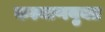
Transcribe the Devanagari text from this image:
कल्याणयुक्त